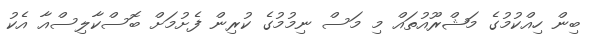
ބިން ހިއްކުމުގެ މަޝްރޫއުތައް މި މަސް ނިމުމުގެ ކުރިން ފެށުމަށް ބޮސްކާލިސްއާ އެކު